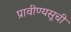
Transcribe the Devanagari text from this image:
प्रावीण्यसूची